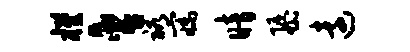
槿含裕寐暗隳远